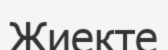
Жиекте